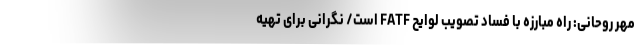
مهر روحانی: راه مبارزه با فساد تصویب لوایح FATF است/ نگرانی برای تهیه